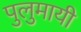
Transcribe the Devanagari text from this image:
पुलुमायी